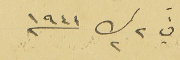
في ٢ ك٢ ١٩٤١